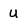
Character: u